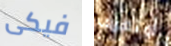
فيكى أوتعرف